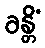
ခန္တိံ